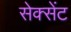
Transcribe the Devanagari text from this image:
सेक्सेंट